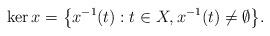
LaTeX: \begin{align*} \ker x = \bigl\{ x^{-1}(t) : t \in X, x^{-1}(t) \neq \emptyset\bigr\}.\end{align*}